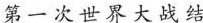
第一次世界大战结